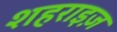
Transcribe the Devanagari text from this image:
शहराइज़